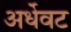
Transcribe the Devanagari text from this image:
अर्धेवट